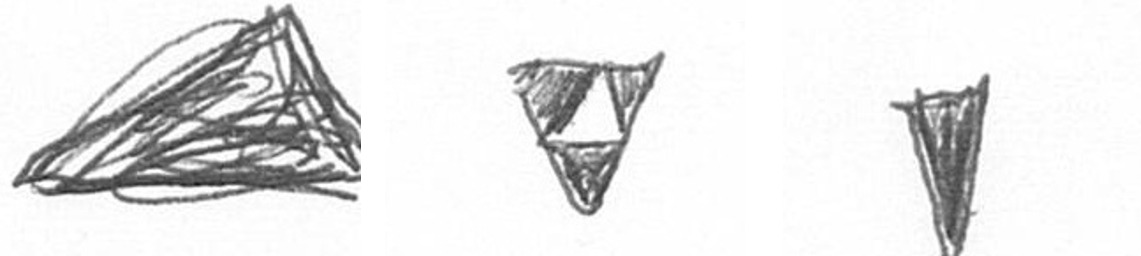
O S J